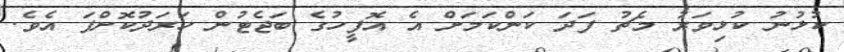
ކުޅުނު ކުޅިވަރު މެޗު ފަދަ ކަންކަމަށް އެ އޮފީހުގެ ބަޖެޓުން ހަރަދުކޮށްފަ އެވެ.